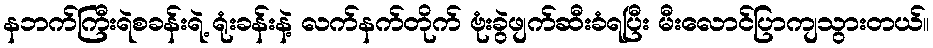
နဘက်ကြီးရဲစခန်းရဲ့ ရုံးခန်းနဲ့ လက်နက်တိုက် ဗုံးခွဲဖျက်ဆီးခံရပြီး မီးလောင်ပြာကျသွားတယ်။